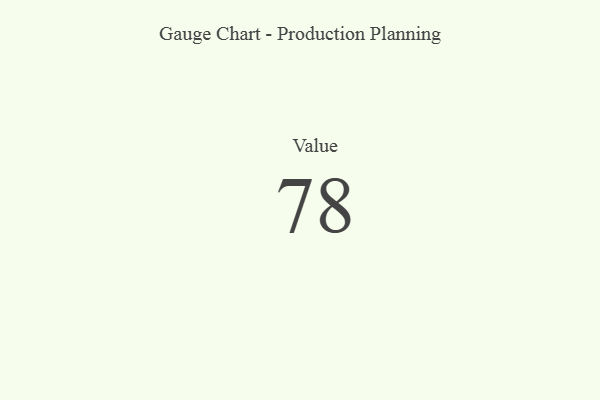
{"axis": {"x": "Metric", "y": "Value"}, "legend": [""], "data": [{"x": "Value", "y": 78, "type": ""}]}